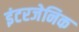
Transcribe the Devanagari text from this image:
इंटरजेनिक